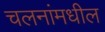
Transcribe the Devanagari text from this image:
चलनांमधील